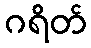
ဂရိတ်